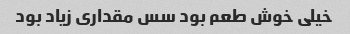
خیلی خوش طعم بود سس مقداری زیاد بود